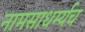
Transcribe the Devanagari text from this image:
नामसाधर्म्यच